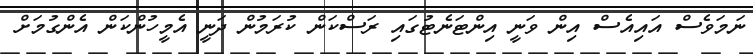
ނަމަވެސް އައިއެސް އިން ވަނީ އިންޓަނެޓުގައި ރަސްކަން ކުރަމުން ދަނީ އެމީހުންކަން އެންގުމަށް